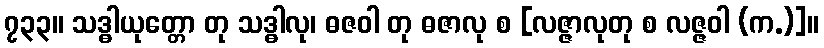
၇၃၃။ သဒ္ဓါယုတ္တော တု သဒ္ဓါလု၊ ဓဇဝါ တု ဓဇာလု စ [လဇ္ဇာလုတု စ လဇ္ဇဝါ (က.)]။